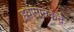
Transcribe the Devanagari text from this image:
हवामानकेंद्रे